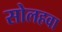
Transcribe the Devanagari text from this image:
सोलहवा